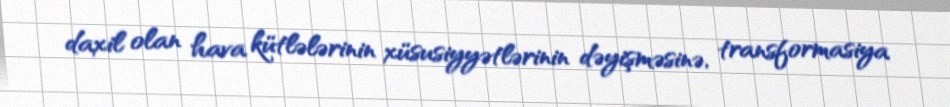
daxil olan hava kütlələrinin xüsusiyyətlərinin dəyişməsinə, transformasiya